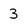
Character: 3